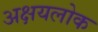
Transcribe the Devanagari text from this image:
अक्षयलोक